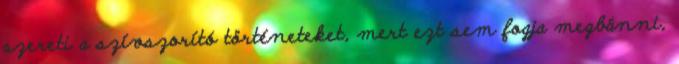
szereti a szívszorító történeteket, mert ezt sem fogja megbánni,